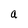
Character: a